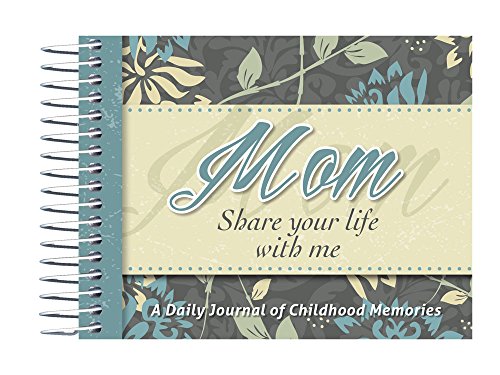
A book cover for Mom, Share Your Life With Me; Parenting & Relationships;